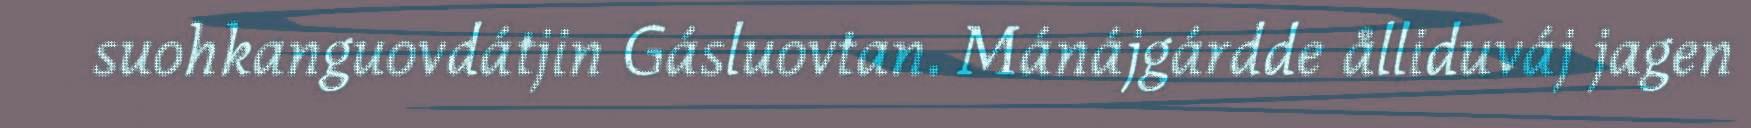
suohkanguovdátjin Gásluovtan. Mánájgárdde ålliduváj jagen